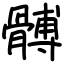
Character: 髆